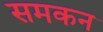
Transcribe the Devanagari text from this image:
समकन